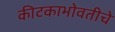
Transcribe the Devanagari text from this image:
कीटकाभोवतीचे